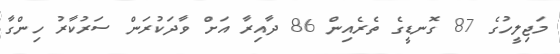
މަޖިލީހުގެ 87 ގޮނޑީގެ ތެރެއިން 86 ދާއިރާ އަށް ވާދަކުރަން ސަރުކާރު ހިންގާ